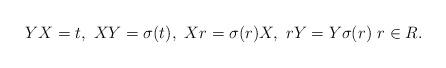
LaTeX: \begin{align*}YX=t,\,\, XY=\sigma(t),\,\, Xr=\sigma(r)X,\,\, rY=Y\sigma(r)\,\,r\in R. \end{align*}